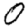
Digit: 0